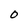
Character: 0